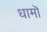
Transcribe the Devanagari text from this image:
धामॊं